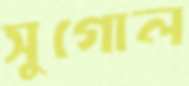
সুগোল